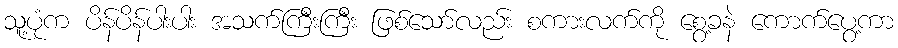
သူ့ပုံက ပိန်ပိန်ပါးပါး အသက်ကြီးကြီး ဖြစ်သော်လည်း စကားလက်ကို စွေ့ခနဲ ကောက်ပွေ့ကာ